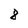
Character: 8